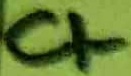
Text: C1